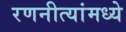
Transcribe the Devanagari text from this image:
रणनीत्यांमध्ये